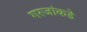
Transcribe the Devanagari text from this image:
गरजांकडे